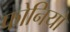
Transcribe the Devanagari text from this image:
फोनियो